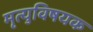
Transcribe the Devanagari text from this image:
मृत्युविषयक